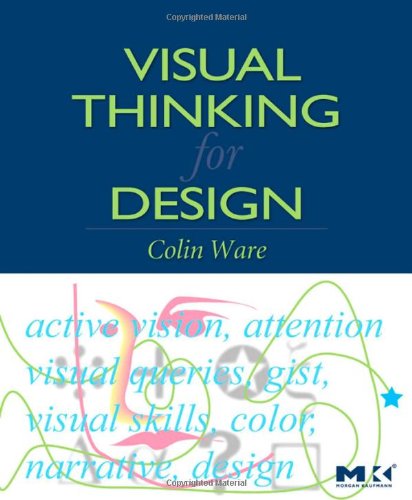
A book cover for Visual Thinking: for Design (Morgan Kaufmann Series in Interactive Technologies); Colin Ware; Computers & Technology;